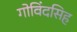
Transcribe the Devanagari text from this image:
गोविंदसिह